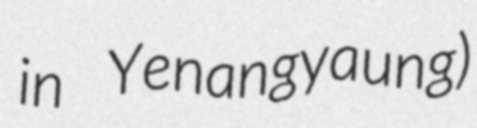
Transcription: in Yenangyaung)